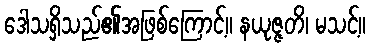
ဒေါသရှိသည်၏အဖြစ်ကြောင့်။ နယုဇ္ဇတိ၊ မသင့်။